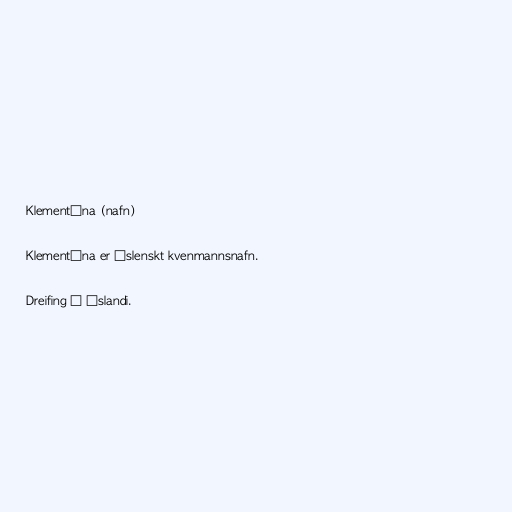
Klementína (nafn)

Klementína er íslenskt kvenmannsnafn.

Dreifing á Íslandi.